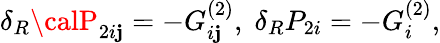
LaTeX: \delta_{R}{\calP}_{2i\mathbf{j}}=-G_{i\mathbf{j}}^{(2)},\; \delta_{R}P_{2i}=-G_{i}^{(2)},